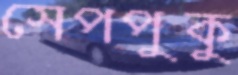
সেপপুকু